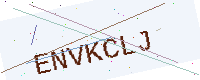
Text: ENVKCLJ